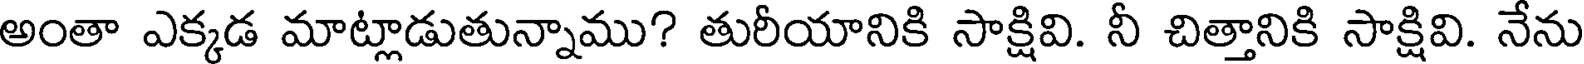
అంతా ఎక్కడ మాట్లాడుతున్నాము? తురీయానికి సాక్షివి. నీ చిత్తానికి సాక్షివి. నేను